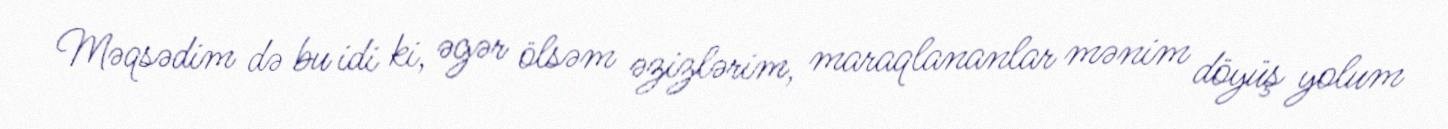
Məqsədim də bu idi ki, əgər ölsəm əzizlərim, maraqlananlar mənim döyüş yolum